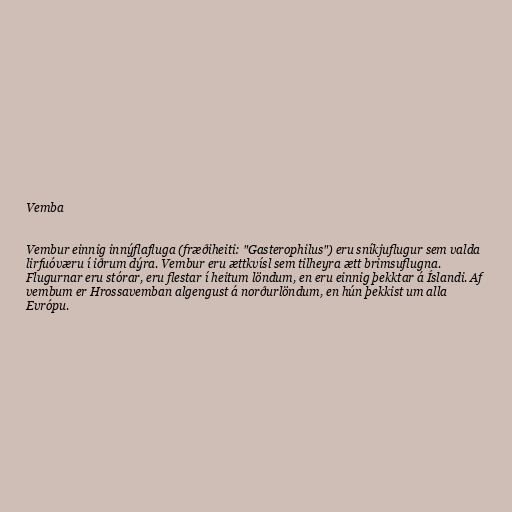
Vemba

Vembur einnig innýflafluga (fræðiheiti: "Gasterophilus") eru sníkjuflugur sem valda
lirfuóværu í iðrum dýra. Vembur eru ættkvísl sem tilheyra ætt brimsuflugna.
Flugurnar eru stórar, eru flestar í heitum löndum, en eru einnig þekktar á Íslandi. Af
vembum er Hrossavemban algengust á norðurlöndum, en hún þekkist um alla
Evrópu.